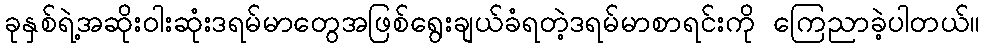
ခုနှစ်ရဲ့အဆိုးဝါးဆုံးဒရမ်မာတွေအဖြစ်ရွေးချယ်ခံရတဲ့ဒရမ်မာစာရင်းကို ကြေညာခဲ့ပါတယ်။